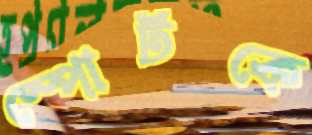
স্পোর্টকে